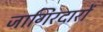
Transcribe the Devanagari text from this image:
जागिरदारों